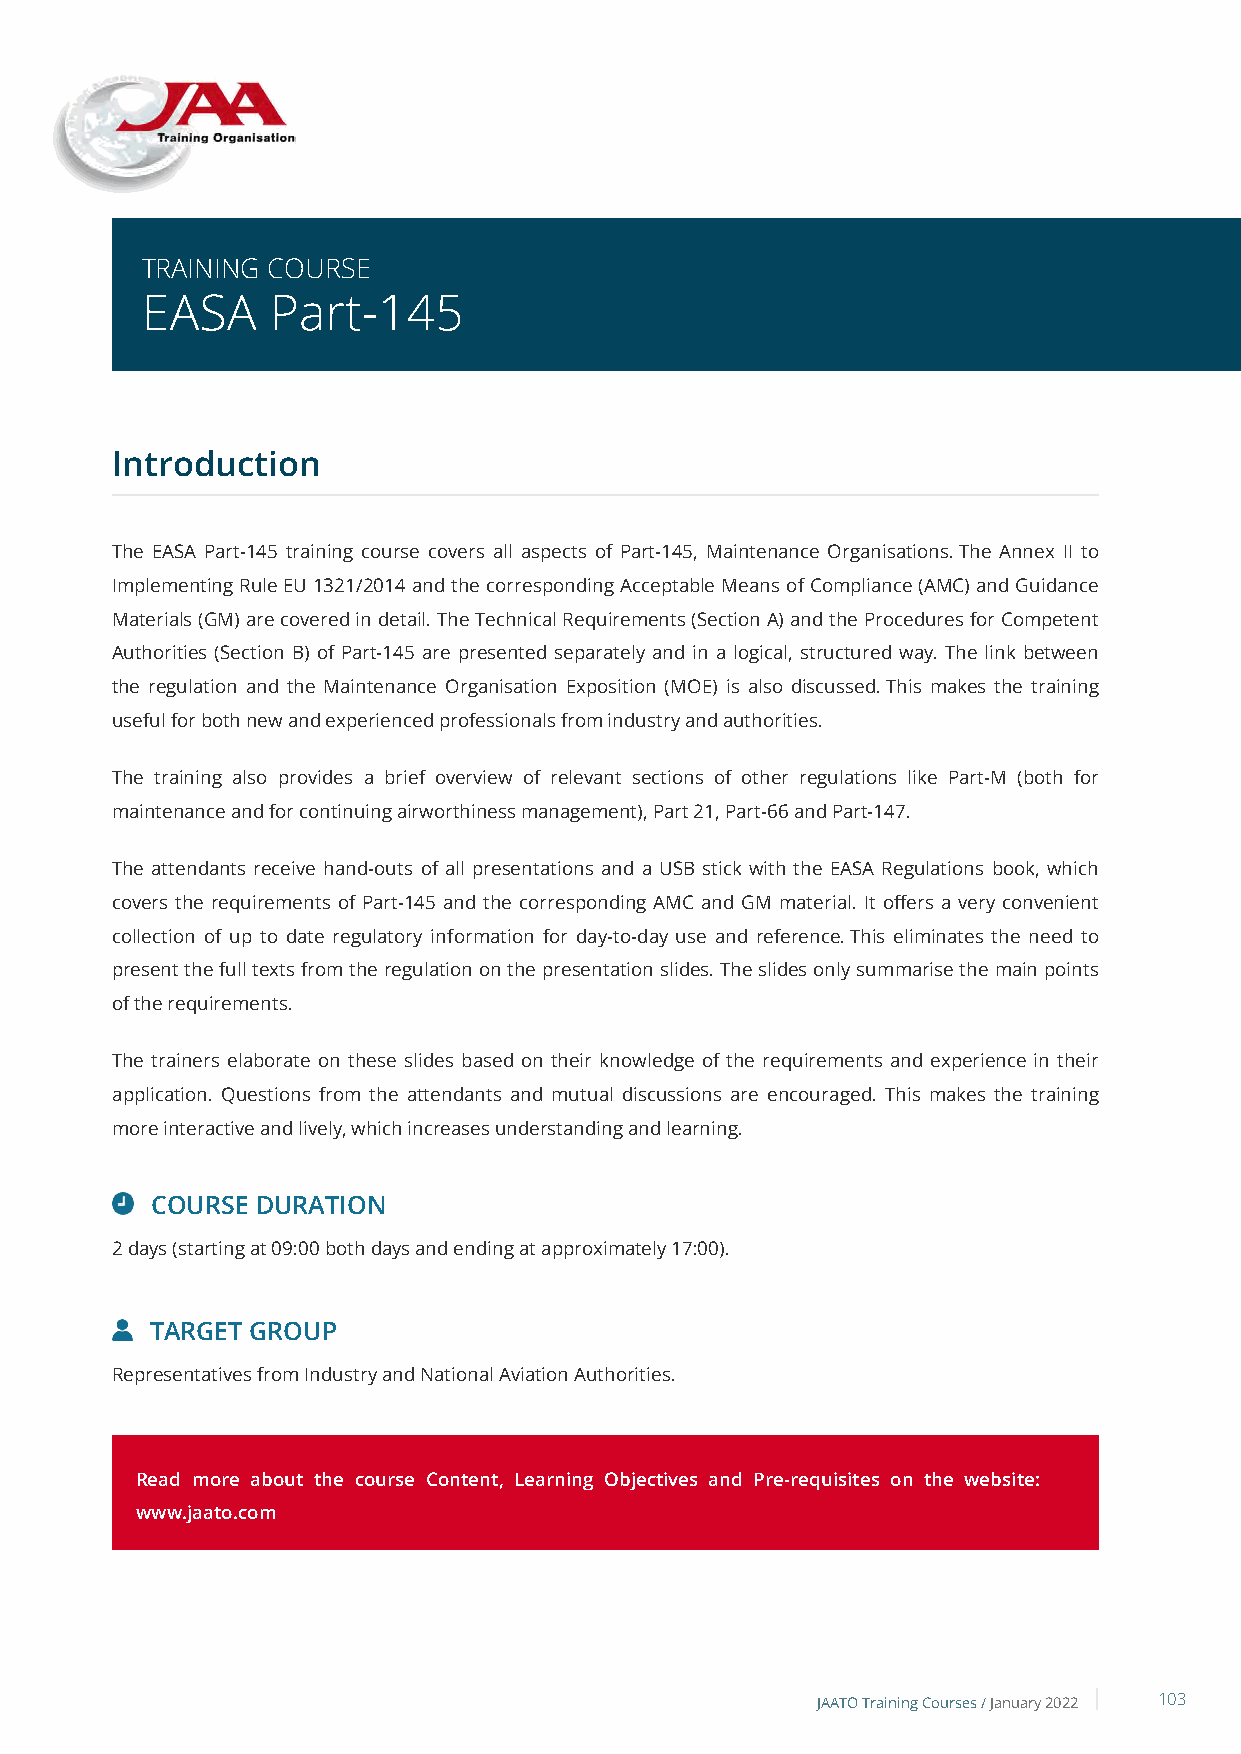
TRAINING COURSE
 EASA     Part-145
 Introduction
 The EASA Part-145 training course covers all aspects of Part-145, Maintenance Organisations. The Annex II to
 Implementing Rule EU 1321/2014 and the corresponding Acceptable Means of Compliance (AMC) and Guidance
 Materials (GM) are covered in detail. The Technical Requirements (Section A) and the Procedures for Competent
 Authorities (Section B) of Part-145 are presented separately and in a logical, structured way. The link between
 the regulation and the Maintenance Organisation Exposition (MOE) is also discussed. This makes the training
 useful for both new and experienced professionals from industry and authorities.
 The training also provides a brief overview of relevant sections of other regulations like Part-M (both for
 maintenance and for continuing airworthiness management), Part 21, Part-66 and Part-147.
 The attendants receive hand-outs of all presentations and a USB stick with the EASA Regulations book, which
 covers the requirements of Part-145 and the corresponding AMC and GM material. It offers a very convenient
 collection of up to date regulatory information for day-to-day use and reference. This eliminates the need to
 present the full texts from the regulation on the presentation slides. The slides only summarise the main points
 of the requirements.
 The trainers elaborate on these slides based on their knowledge of the requirements and experience in their
 application. Questions from the attendants and mutual discussions are encouraged. This makes the training
 more interactive and lively, which increases understanding and learning.
 COURSE DURATION
 2 days (starting at 09:00 both days and ending at approximately 17:00).
 TARGET GROUP
 Representatives from Industry and National Aviation Authorities.
 Read more about the course Content, Learning Objectives and Pre-requisites on the website:
 www.jaato.com
 JAATO Training Courses /January 2022 103